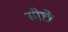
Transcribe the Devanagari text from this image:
सीछे